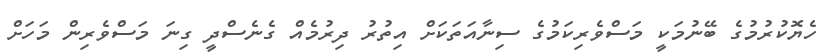
ހެޔޮކުުރުމުގެ ބޭނުމަކީ މަސްވެރިކަމުގެ ސިނާއަތަކަށް އިތުރު ދިރުމެއް ގެނެސްދީ ގިނަ މަސްވެރިން މަހަށް